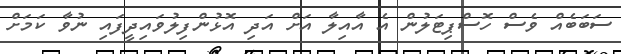
ސަބަބެއް ވެސް ހޮސްޕިޓަލުން އެ އާއިލާ އަށް އަދި އޮޅުންފިލުވައިދީފައި ނުވާ ކަމަށް